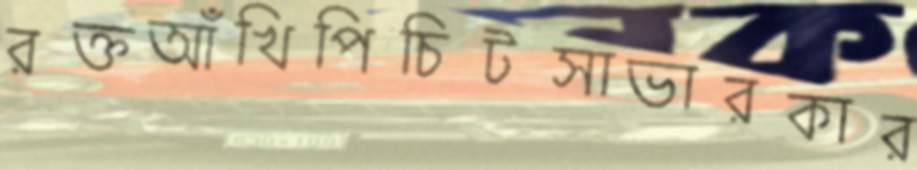
রক্তআঁখিপিচিটসাভারকার